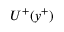
U ^ { + } ( y ^ { + } )